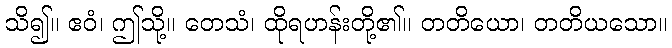
သိ၍။ ဧဝံ၊ ဤသို့။ တေသံ၊ ထိုရဟန်းတို့၏။ တတိယော၊ တတိယသော။